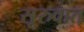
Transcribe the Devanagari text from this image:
सूरुवात्